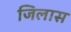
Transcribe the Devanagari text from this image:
जिलास